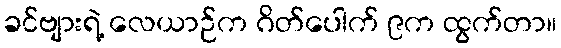
ခင်ဗျားရဲ့ လေယာဉ်က ဂိတ်ပေါက် ၉က ထွက်တာ။